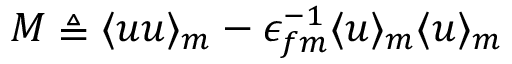
\boldsymbol { M } \triangleq \langle \boldsymbol { u } \boldsymbol { u } \rangle _ { m } - \epsilon _ { f m } ^ { - 1 } \langle \boldsymbol { u } \rangle _ { m } \langle \boldsymbol { u } \rangle _ { m }